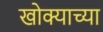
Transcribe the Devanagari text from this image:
खोक्याच्या